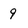
Character: 9